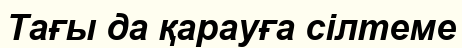
Тағы да қарауға сілтеме